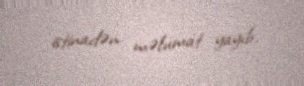
istinadən məlumat yayıb.